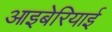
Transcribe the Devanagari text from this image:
आइबेरियाई